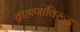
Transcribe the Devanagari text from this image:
ब्राह्मणांविरूद्ध